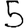
Digit: 5